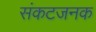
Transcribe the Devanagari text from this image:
संकटजनक